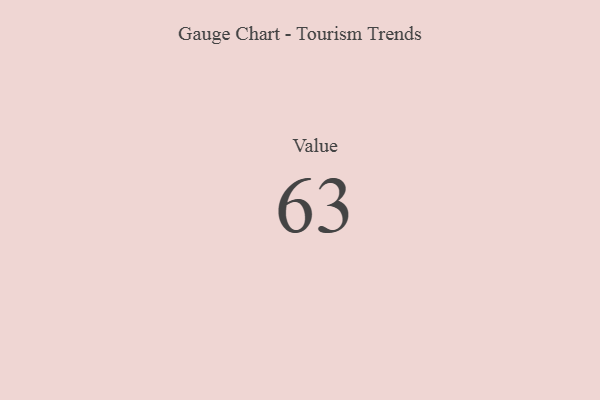
{"axis": {"x": "Metric", "y": "Value"}, "legend": [""], "data": [{"x": "Value", "y": 63, "type": ""}]}